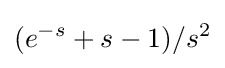
(e^{-s}+s-1)/s^{2}